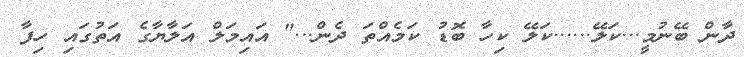
ދާން ބޭނުމީ...ކަލޭ......ކަލޭ ކިހާ ބޮޑު ކަމެއްތަ ދެން..." އައިމަލް އަލާޔާގެ އަތުގައި ހިފާ